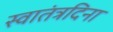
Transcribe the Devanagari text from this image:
स्वातंत्रदिना